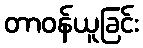
တာဝန်ယူခြင်း